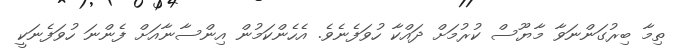
ތިމާ ބިރުގަންނަވާ މާޔޫސް ކުރުމަށް ދައްކާ ހުވަފެނެވެ. އެހެންކަމުން އިންސާނާއަށް ފެންނަ ހުވަފެނަކީ